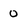
Character: 0